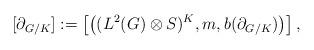
LaTeX: \begin{align*}[\partial_{G/K}]:=\left[\left((L^2(G)\otimes S)^K, m, b(\partial_{G/K})\right)\right],\end{align*}